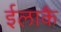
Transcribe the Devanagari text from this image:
ईलाकै